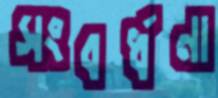
সংবর্ধনা